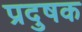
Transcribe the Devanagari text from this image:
प्रदुषक